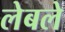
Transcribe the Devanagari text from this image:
लेबले